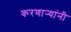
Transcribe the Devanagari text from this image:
करणार्‍यांनी